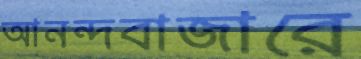
আনন্দবাজারে